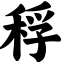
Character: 稃